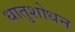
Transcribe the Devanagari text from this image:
धातुशोधन